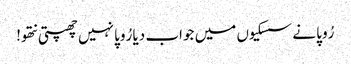
رُوپا نے سسکیوں میں جواب دیا رُوپا نہیں چھپتی نتھو!